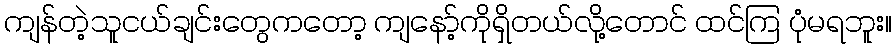
ကျန်တဲ့သူငယ်ချင်းတွေကတော့ ကျနော့်ကိုရှိတယ်လို့တောင် ထင်ကြ ပုံမရဘူး။